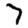
Digit: 7